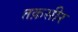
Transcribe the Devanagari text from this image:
तक़सीर